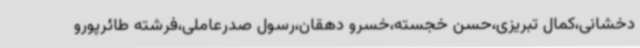
دخشانی،کمال تبریزی،حسن خجسته،خسرو دهقان،رسول صدرعاملی،فرشته طائرپورو